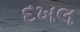
દખલ